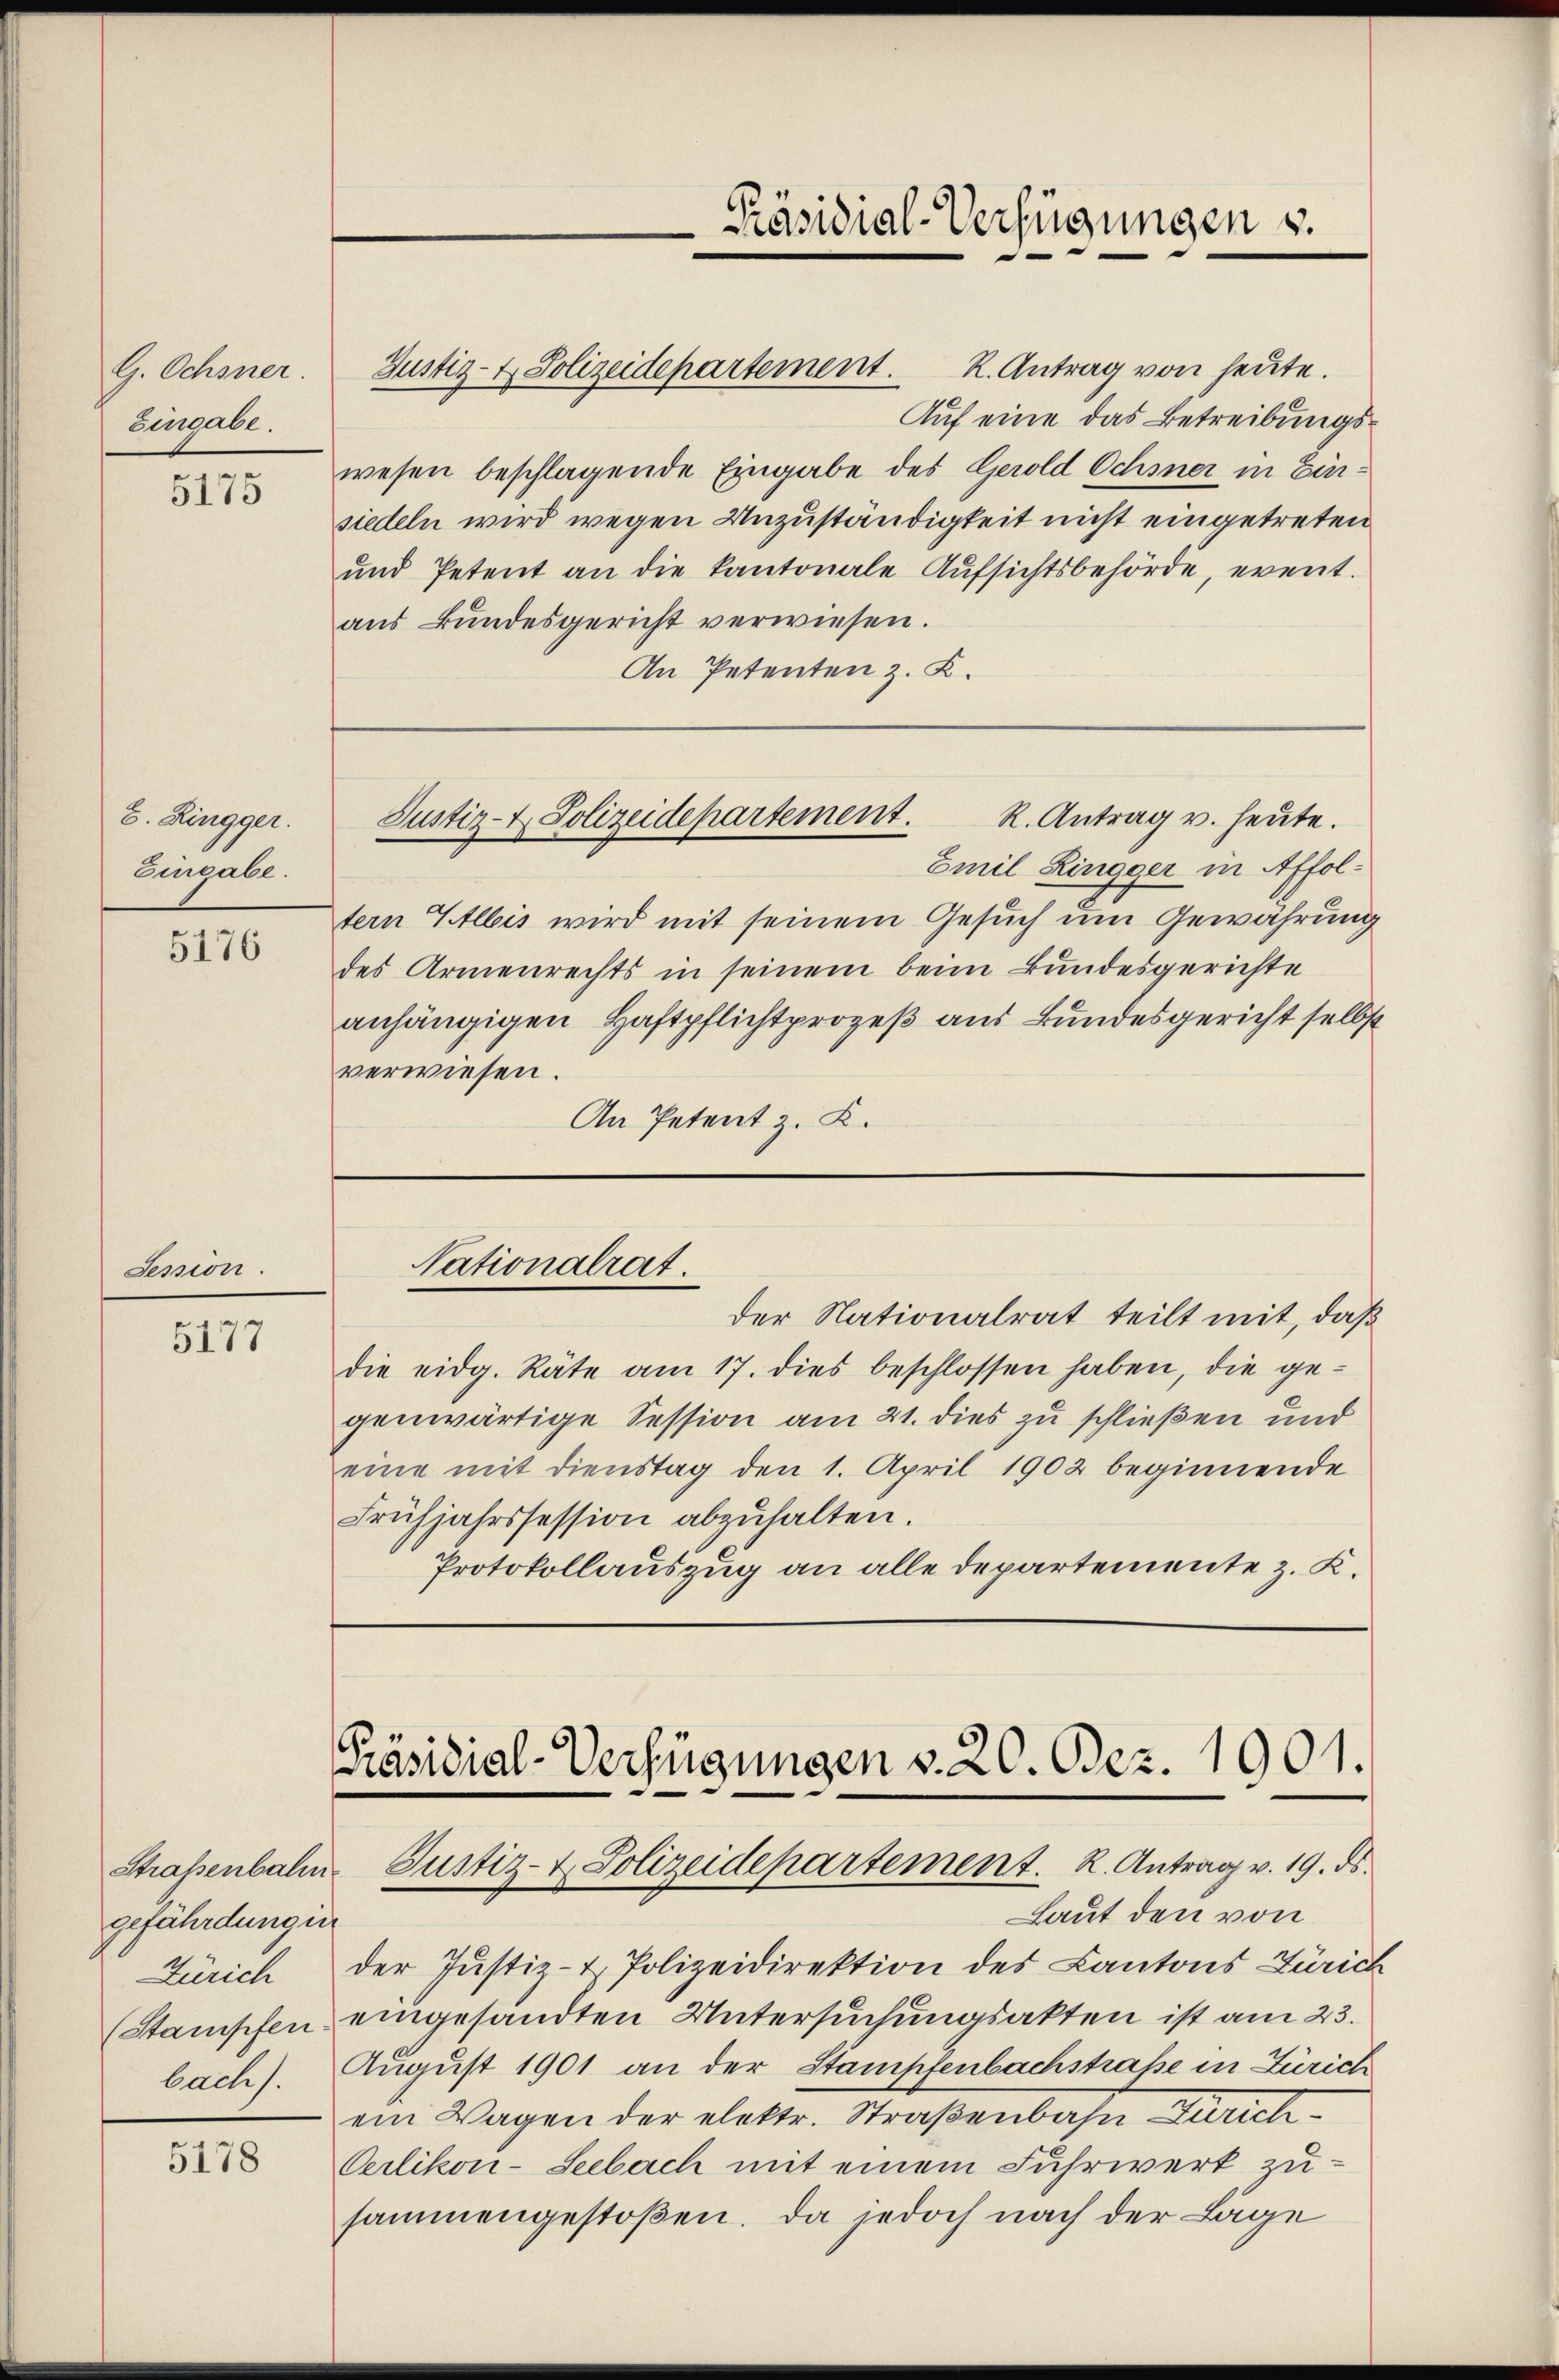
G. Ochsner.
Eingabe.

5175

8. Ringger.
Eingabe.

5176

Session.

5177

gefährdung in
Zürich
(Stampfen
bach).

5178

Justiz- & Polizeidepartement. K. Antrag von heute.
Auf eine das Betreibungswesen beschlagende Eingabe des Gerold Schmer in Einsiedeln wird wegen Unzuständigkeit nicht eingetreten
und Petent an die kantonale Aŭfsichtsbehörde, event.
aus Bundesgericht verwiesen.
An Petenten z. K.

Präsidial-Verfügungen u.

Emil Ringger in Affoltern Albis wird mit seinem Gesuch um Gewährung
des Armenrechts in seinem beim Bundesgerichte
anhängigen Haftpflichtprozeß aus Bundesgericht selbst
verwiesen.
An Petent z. K.

R. Antrag u. heute.
Justiz- & Polizeidepartement.

der Nationalrat teilt mit, daß
die eidg. Räte am 17. dies beschlossen haben, die ge-
genwärtige Session am 21. dies zu schließen und
eine mit dienstag den 1. April 1902 beginnende
Frühjahrssession abzuhalten.
Protokollauszug an alle Departemente z. K.

Nationalrat.

Präsidial-Verfügungen v. 20. Bez. 1901.
Straßenbalin Justiz- & Polizeidepartement. K. Antrag v. 19. ds.

Laut den von
der Justiz- & Polizeidirektion des Kantons Zürich
eingesandten Untersuchungsakten ist am 23.
August 1901 an der Stampfenbachstraße in Zürich
ein Wagen der elektr. Straßenbahn Zürich¬
Oerlikon-Seebach mit einem Fuhrwerk zusammengestoßen. Da jedoch nach der Lage